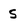
Character: s